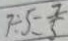
7 \div 5 = \frac { 7 } { 5 }